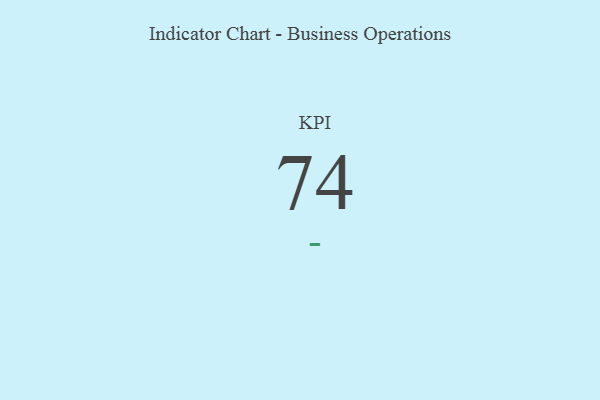
{"axis": {"x": "KPI", "y": "Value"}, "legend": [""], "data": [{"x": "KPI", "y": 74, "type": ""}]}